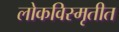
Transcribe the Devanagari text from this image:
लोकविस्मृतीत